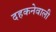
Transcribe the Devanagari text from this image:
दहकनेवाली